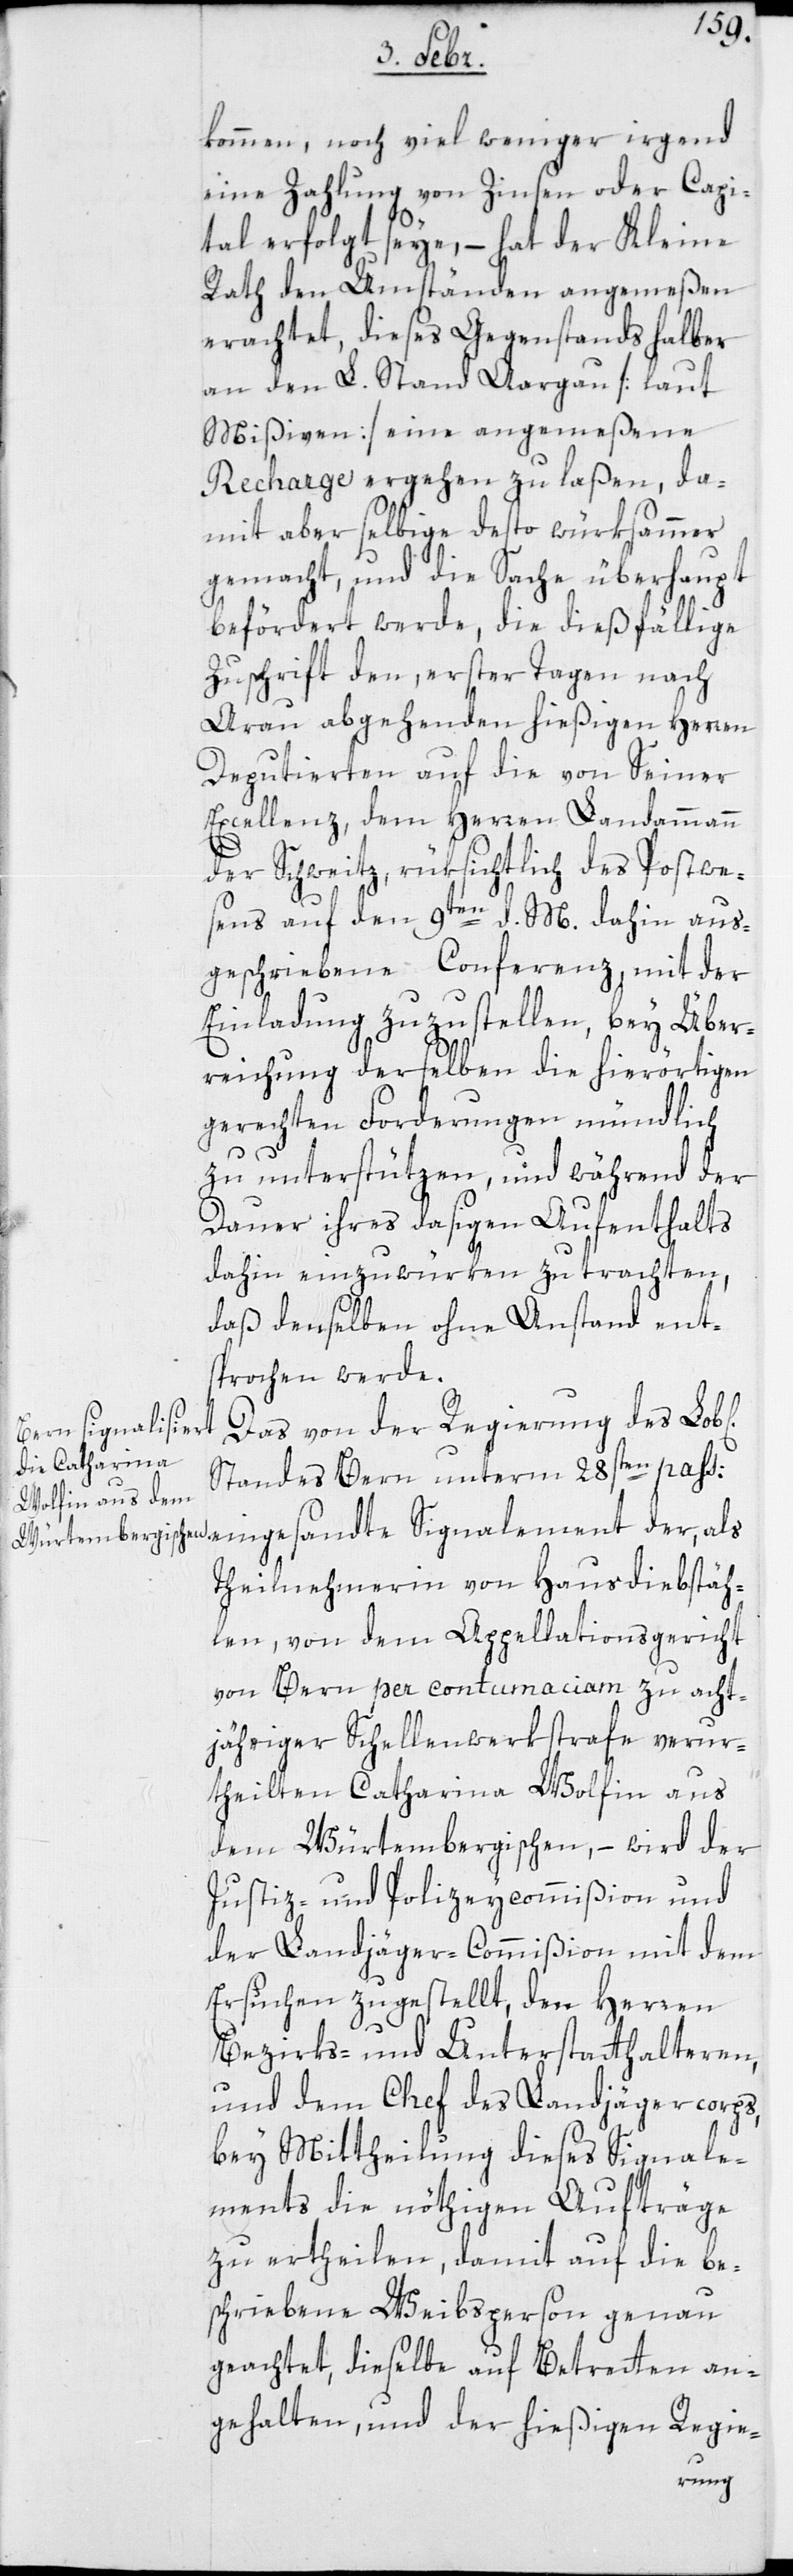
kommen, noch viel weniger irgend
eine Zahlung von Zinsen oder Capi¬
tal erfolgt seye, – hat der Kleine
Rath den Umständen angemeßen
erachtet, dieses Gegenstands halber
an den L. Stand Aargau [laut
Mißiven] eine angemeßene
Recharge ergehen zu laßen, da¬
mit aber selbige desto würksammer
gemacht, und die Sache überhaupt
befördert werde, die dießfällige
Zuschrift den, erster Tagen nach
Arau abgehenden hießigen Herren
Deputierten auf die von Seiner
Excellenz, dem Herren Landammann
der Schweitz, rüksichtlich des Postwe¬
sens, auf den 9ten d. M. dahin aus¬
geschriebene Conferenz, mit der
Einladung zuzustellen, bey Über¬
reichung derselben die hierörtigen
gerechten Forderungen mündlich
zu unterstützen, und während der
Dauer ihres dasigen Aufenthalts
dahin einzuwürken zu trachten,
daß denselben ohne Anstand ent¬
sprochen werde.
Das von der Regierung des
Standes Bern unterm 28sten pass:
Teilnehmerin von Hausdiebstäh¬
len, von dem Appellationsgericht
von Bern per contumaciam zu acht¬
jähriger Schellenwerkstrafe verur¬
theilten Catharina Wolfin aus
dem Würtembergischen, – wird der
Justiz- und Polizeycommißion und
der Landjäger-Commißion mit dem
Ersuchen zugestellt, den Herren
Bezirks- und Unterstatthalteren,
und dem Chef des Landjägercorps,
bey Mittheilung dieses Signale¬
ments die nöthigen Aufträge
zu ertheilen, damit auf die be¬
schriebene Weibsperson genau
geachtet, dieselbe auf Betreten an¬
gehalten, und der hießigen Regie-